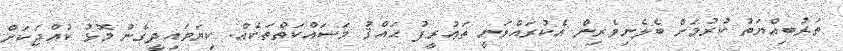
ތަރުބިއްޔަތު ކުރުމަށް ބެލެނިވެރިން އެކުރައްވަނީ ތަޢުރީފު ޙައްޤު މަސައްކަތްތަކެއް. ކިޔަވައިދީގެން މޮޅު ކުއްޖަކަށް